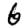
Digit: 6